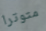
متوترا